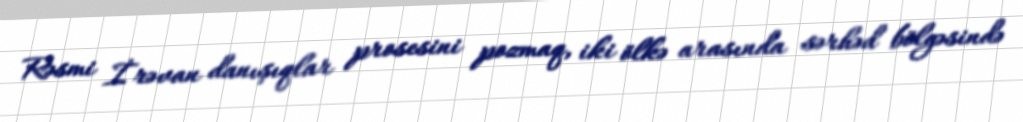
Rəsmi İrəvan danışıqlar prosesini pozmaq, iki ölkə arasında sərhəd bölgəsində